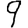
Digit: 9